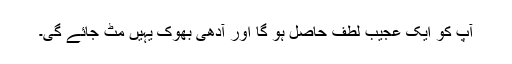
آپ کو ایک عجیب لطف حاصل ہو گا اور آدھی بھوک یہیں مٹ جائے گی۔